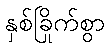
နှစ်ခြိုက်စွာ